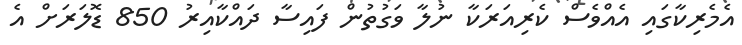
އެމެރިކާގައި އެއްވެސް ކެރިއަރަކާ ނުލާ ވަގުތުން ފައިސާ ދައްކާއިރު 850 ޑޮލަރަށް އެ